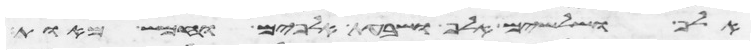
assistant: אלף ושלשים אלף ושבעת אלפים וחמש מאות